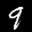
Label: 9